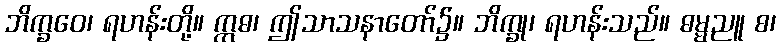
ဘိက္ခဝေ၊ ရဟန်းတို့။ ဣဓ၊ ဤသာသနာတော်၌။ ဘိက္ခု၊ ရဟန်းသည်။ ဓမ္မညူ စ၊